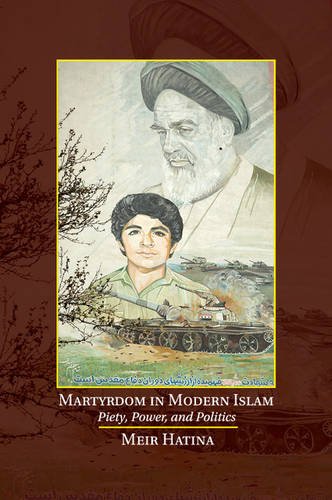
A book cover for Martyrdom in Modern Islam: Piety, Power, and Politics; Meir Hatina; Religion & Spirituality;